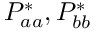
P _ { a a } ^ { * } , P _ { b b } ^ { * }